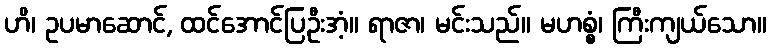
ဟိ၊ ဥပမာဆောင်, ထင်အောင်ပြဦးအံ့။ ရာဇာ၊ မင်းသည်။ မဟစ္စံ၊ ကြီးကျယ်သော။